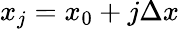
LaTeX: x_{j}=x_{0}+j\Delta x